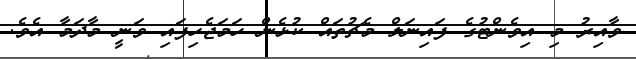
ވާއިރު މި އިވެންޓުގެ ފައިނަލް މެޗުތައް ކުޅެން ހަމަޖެހިފައި ވަނީ މާދަމާ އެވެ.